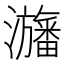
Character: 𤄫